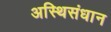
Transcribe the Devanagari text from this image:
अस्थिसंधान